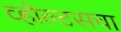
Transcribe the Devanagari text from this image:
व्होल्टसचा